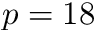
p = 1 8